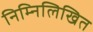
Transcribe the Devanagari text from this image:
निम्‍निलिखित